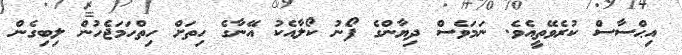
އިޙްސާސް ކުރެވޭތީއެވެ. ނަމަވެސް ދިޔާންގެ ފޯނު ކޯލާއެކު އޭނާގެ ހިތަށް ހިތްހަމަޖެހުން ލިބިގެން